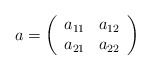
\begin{align*} a=\left(\begin{array}{cc} a_{11} & a_{12}\\ a_{21} & a_{22}\end{array}\right)\end{align*}